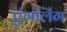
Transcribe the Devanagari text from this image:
एंगलिंग